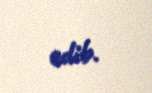
edib.